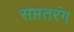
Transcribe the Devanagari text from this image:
सप्ततरंग